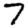
Digit: 7